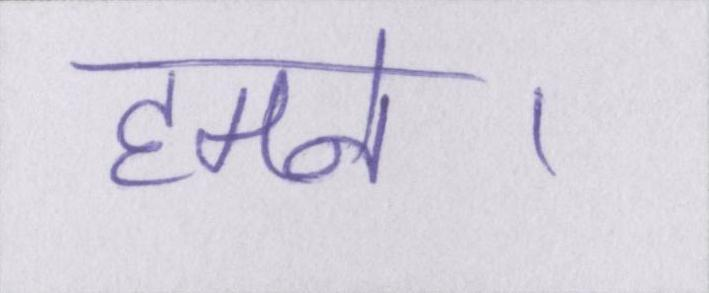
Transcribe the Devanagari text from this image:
हमने।